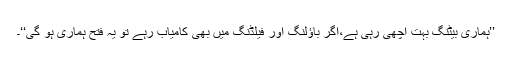
’’ہماری بیٹنگ بہت اچھی رہی ہے،اگر باؤلنگ اور فیلڈنگ میں بھی کامیاب رہے تو یہ فتح ہماری ہو گی‘‘۔